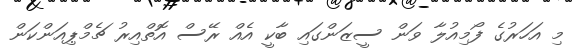
މި އަހަރުގެ ފޯމިއުލާ ވަން ސީޒަންގައި ބާކީ އެއް ރޭސް އޮތްއިރު ޗެމްޕިއަންކަން